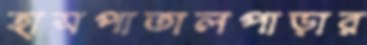
হাসপাতালপাড়ার